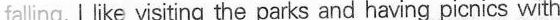
falling. I like visiting the parks and having picnics with